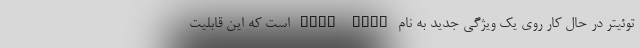
توئیتر در حال کار روی یک ویژگی جدید به نام Undo Send است که این قابلیت